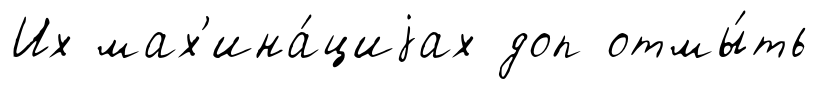
Их мах'ина́циjах доп отмы́ть